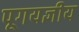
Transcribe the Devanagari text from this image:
पूगयज्ञीय